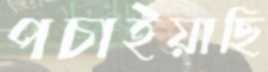
পচাইয়াছি